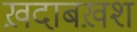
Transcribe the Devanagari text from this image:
ख़दाबख़श